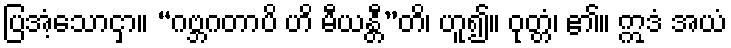
ပြအံ့သောငှာ။ “ဂဗ္ဘဂတာပိ ဟိ မီယန္တီ”တိ၊ ဟူ၍။ ဝုတ္တံ၊ ၏။ ဣဒံ အယံ